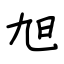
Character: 旭